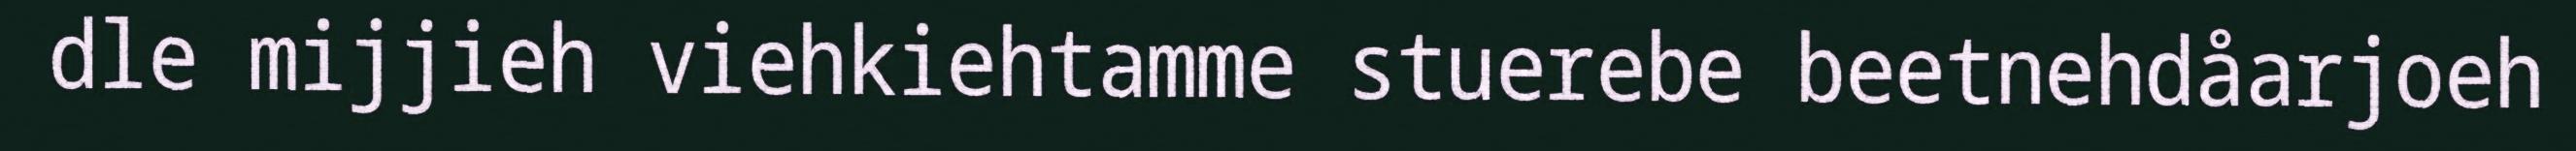
dle mijjieh viehkiehtamme stuerebe beetnehdåarjoeh